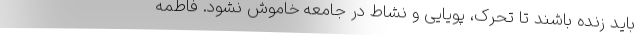
باید زنده باشند تا تحرک، پویایی و نشاط در جامعه خاموش نشود. فاطمه